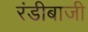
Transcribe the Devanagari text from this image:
रंडीबाजी